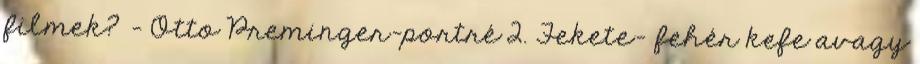
filmek? - Otto Preminger-portré 2. Fekete- fehér kefe avagy